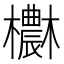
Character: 欁